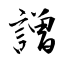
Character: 譄